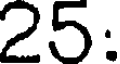
25: